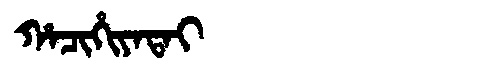
Manchu: ᡥᠠᠴᡳᡥᡳᠶᠠᡨᠠᡳ
Romanization: HACIHIYATAI